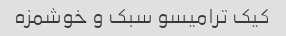
کیک ترامیسو سبک و خوشمزه